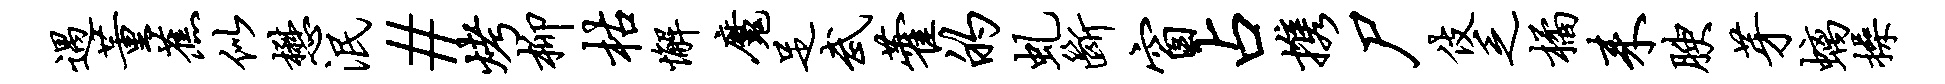
遇董蕉似懋泯#烤柳枯懈魔足武藿的虬断窗占携尸伎乏橘耒腴芽螭操